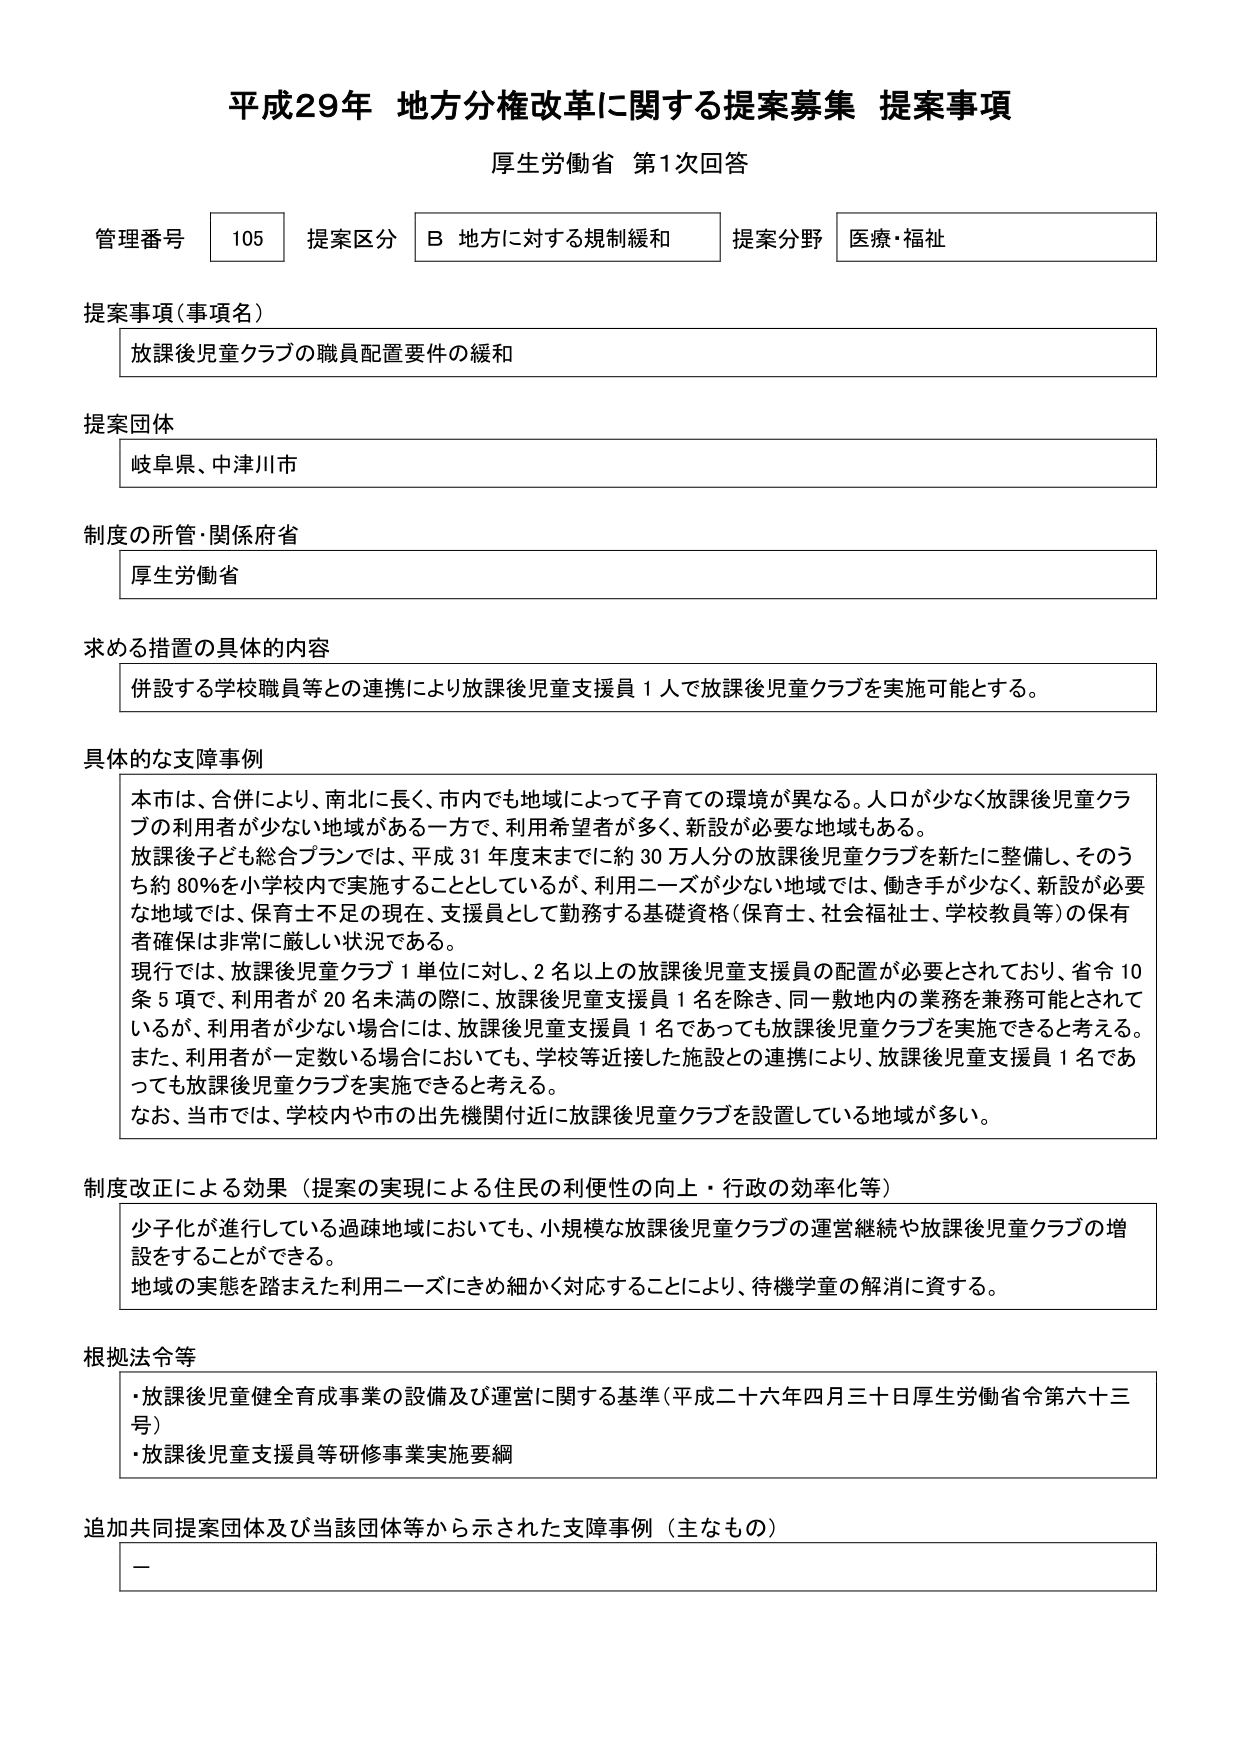
平成29年 地方分権改革に関する提案募集 提案事項
厚生労働省 第1次回答

管理番号 105 提案区分 B 地方に対する規制緩和 提案分野 医療・福祉

提案事項（事項名）
放課後児童クラブの職員配置要件の緩和

提案団体
岐阜県、中津川市

制度の所管・関係府省
厚生労働省

求める措置の具体的内容
併設する学校職員等との連携により放課後児童支援員1人で放課後児童クラブを実施可能とする。

具体的な支障事例
本市は、合併により、南北に長く、市内でも地域によって子育ての環境が異なる。人口が少なく放課後児童クラブの利用者が少ない地域がある一方で、利用希望者が多く、新設が必要な地域もある。
放課後子ども総合プランでは、平成31年度末までに約30万人分の放課後児童クラブを新たに整備し、そのうち約80％を小学校内で実施することとしているが、利用ニーズが少ない地域では、働き手が少なく、新設が必要な地域では、保育士不足の現在、支援員として勤務する基礎資格（保育士、社会福祉士、学校教員等）の保有者確保は非常に厳しい状況である。
現行では、放課後児童クラブ1単位に対し、2名以上の放課後児童支援員の配置が必要とされており、省令10条5項で、利用者が20名未満の際に、放課後児童支援員1名を除き、同一敷地内の業務を兼務可能とされているが、利用者が少ない場合には、放課後児童支援員1名であっても放課後児童クラブを実施できると考える。また、利用者が一定数いる場合においても、学校等近接した施設との連携により、放課後児童支援員1名であっても放課後児童クラブを実施できると考える。
なお、当市では、学校内や市の出先機関付近に放課後児童クラブを設置している地域が多い。

制度改正による効果（提案の実現による住民の利便性の向上・行政の効率化等）
少子化が進行している過疎地域においても、小規模な放課後児童クラブの運営継続や放課後児童クラブの増設をすることができる。
地域の実態を踏まえた利用ニーズにきめ細かく対応することにより、待機学童の解消に資する。

根拠法令等
・放課後児童健全育成事業の設備及び運営に関する基準（平成二十六年四月三十日厚生労働省令第六十三号）
・放課後児童支援員等研修事業実施要綱

追加共同提案団体及び当該団体等から示された支障事例（主なもの）
－